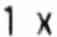
1 X